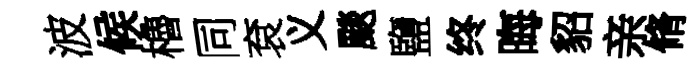
波候櫓同袞义颷鹽终晦貂亲脩